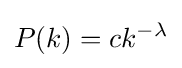
P(k)=ck^{-\lambda }